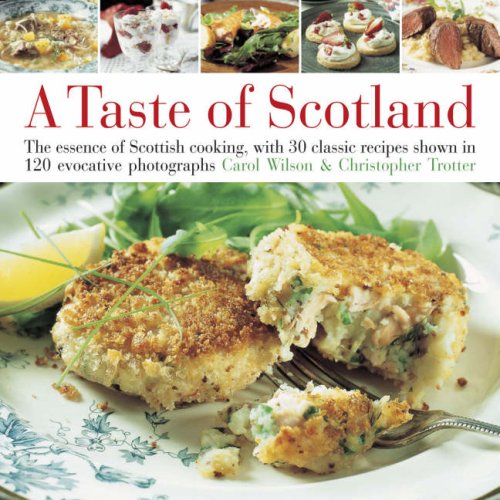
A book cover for Taste of Scotland: The essence of Scottish cooking, with 30 classic recipes shown in 150 evocative photographs; Carol Wilson; Cookbooks, Food & Wine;